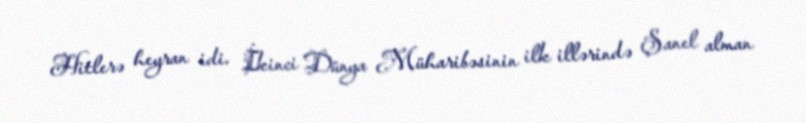
Hitlerə heyran idi. İkinci Dünya Müharibəsinin ilk illərində Şanel alman